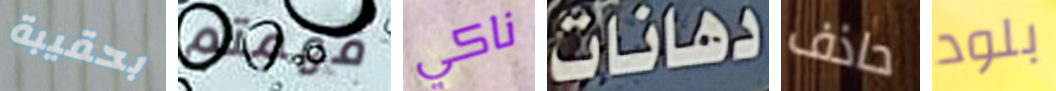
بحقيبة فهمتم ناكي دهانات حاذف بلود